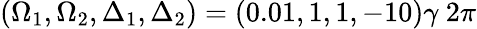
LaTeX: (\Omega_{1},\Omega_{2},\Delta_{1},\Delta_{2})=(0.01,1,1,-10)\gamma~2\pi